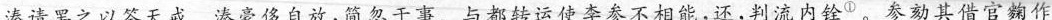
溱请罢之以答天戒。溱豪侈自放，简忽于事。与都转运使李参不相能，还，判流内铨^{①}。参劾其借官麴作